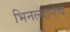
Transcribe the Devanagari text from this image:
भिनल्यानेच